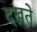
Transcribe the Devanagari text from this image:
दखते